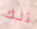
ذلك